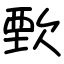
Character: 歅